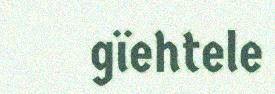
gïehtele